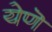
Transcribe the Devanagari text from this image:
येणॆ